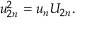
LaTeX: u _ { 2 n } ^ { 2 } = u _ { n } U _ { 2 n } .